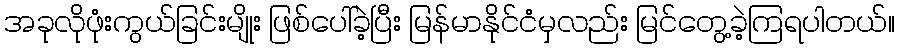
အခုလိုဖုံးကွယ်ခြင်းမျိုး ဖြစ်ပေါ်ခဲ့ပြီး မြန်မာနိုင်ငံမှလည်း မြင်တွေ့ခဲ့ကြရပါတယ်။